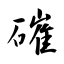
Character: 磪